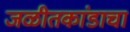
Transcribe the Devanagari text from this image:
जळीतकांडाचा